Civil Veterinary Dept. Bombay admin report 1923-31 - 1923-1931
Year: 1923
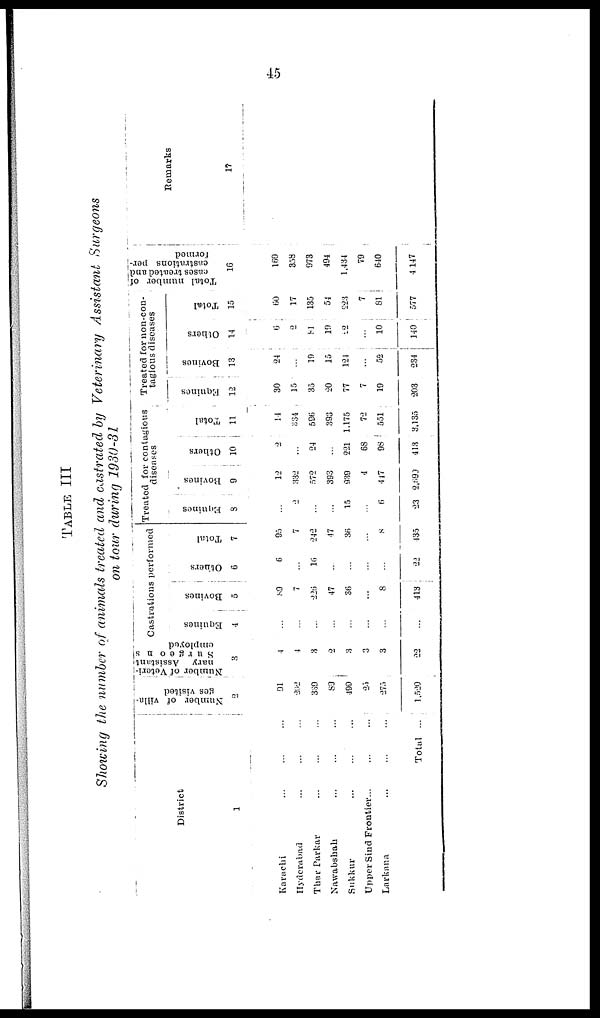
45
TABLE III
Showing the number of animals treated and castrated by Veterinary Assistant Surgeons
on tour during 1930-31
District
1
Karachi ... ... ...
Hyderabad ... ... ...
Thar Parkar
...
...
...
Nawabshah ... ... ...
Sukkur
...
...
...
Upper Sind Frontier... ... ...
Larkana ... ... ...
Total ...
Number of villa-
ges visited
2
91
202
339
89
499
25
275
1,520
Number
of Veteri-
nary Assistant
Surgeons
employed
3
4
4
3
2
3
3
3
22
Castrations performed
Equines
4
...
...
...
...
...
...
...
...
Bovines
5
89
7
226
47
36
...
8
413
Others
6
6
...
16
...
...
...
...
22
Total
7
95
7
242
47
36
...
8
435
Treated for contagious
diseases
Equines
8
...
2
...
...
15
...
6
23
Bovines
9
12
332
572
393
939
4
447
2,690
Others
10
2
...
24
...
221
68
98
413
Total
11
14
334
596
393
1,175
72
551
3,135
Treated for non-con-
tagious diseases
Equines
12
30
15
35
20
77
7
19
203
Bovines
13
24
...
19
15
124
...
52
234
Others
14
6
2
81
19
22
...
10
140
Total
15
60
17
135
54
223
7
81
577
Total number of
cases treated and
castrations per-
formed
16
169
358
973
494
1,434
79
640
4,147
Remarks
17